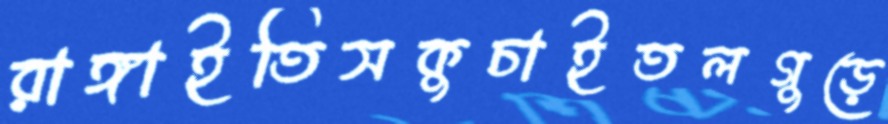
রাঙ্গাইতিসকুচাইতলগুড়ে